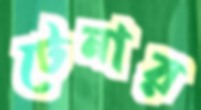
টেনার